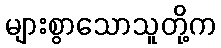
များစွာသောသူတို့က